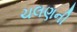
ચલણની